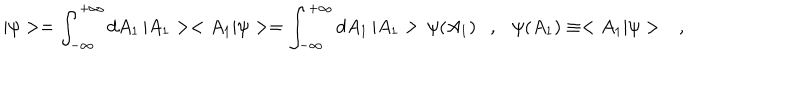
| \psi > = \int _ { - \infty } ^ { + \infty } d A _ { 1 } \, | A _ { 1 } > < A _ { 1 } | \psi > = \int _ { - \infty } ^ { + \infty } d A _ { 1 } \, | A _ { 1 } > \, \psi ( A _ { 1 } ) \ \ \ , \ \ \ \psi ( A _ { 1 } ) \equiv < A _ { 1 } | \psi > \ \ \ ,